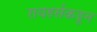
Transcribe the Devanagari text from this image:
रायडर्सकडून